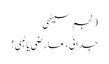
(نجم سیٹھی
جدائی،عارضی یا لمبی!